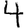
Digit: 4